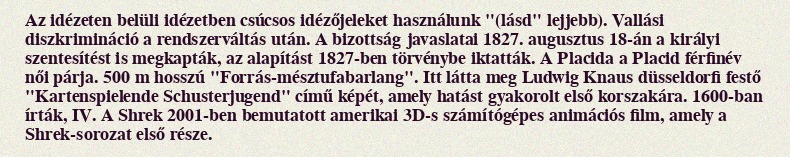
Az idézeten belüli idézetben csúcsos idézőjeleket használunk "(lásd" lejjebb). Vallási diszkrimináció a rendszerváltás után. A bizottság javaslatai 1827. augusztus 18-án a királyi szentesítést is megkapták, az alapítást 1827-ben törvénybe iktatták. A Placida a Placid férfinév női párja. 500 m hosszú "Forrás-mésztufabarlang". Itt látta meg Ludwig Knaus düsseldorfi festő "Kartenspielende Schusterjugend" című képét, amely hatást gyakorolt első korszakára. 1600-ban írták, IV. A Shrek 2001-ben bemutatott amerikai 3D-s számítógépes animációs film, amely a Shrek-sorozat első része.